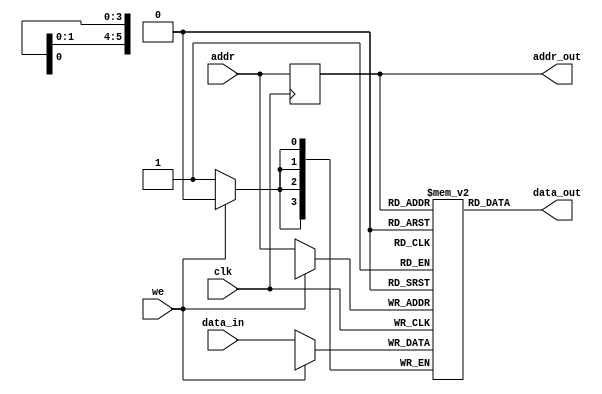
// This program was cloned from: https://github.com/RomeoMe5/DDLM
// License: MIT License

module lab7_3

#(parameter DATA_WIDTH=4, parameter ADDR_WIDTH=6)

(
    input [(DATA_WIDTH-1):0] data_in,
    input [(ADDR_WIDTH-1):0] addr,
    input we, clk,
    output [(DATA_WIDTH-1):0] data_out,
    output [(ADDR_WIDTH-1):0] addr_out
);

    // Memory array and address register:
    reg [DATA_WIDTH-1:0] ram[0:2**ADDR_WIDTH-1];
    reg [ADDR_WIDTH-1:0] addr_reg;

    wire w_we = ~ we;
    wire w_clk = ~ clk;

    always @ (posedge w_clk)
    begin
        if (w_we)                      // write enable = 1
            ram[addr] <= data_in;      // write input data to memory

        addr_reg <= addr;              // latch address in internal register
    end

    assign data_out = ram[addr_reg];   // read data at latched address
    assign addr_out = addr_reg;        

endmodule